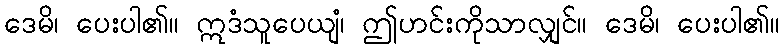
ဒေမိ၊ ပေးပါ၏။ ဣဒံသူပေယျံ၊ ဤဟင်းကိုသာလျှင်။ ဒေမိ၊ ပေးပါ၏။